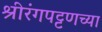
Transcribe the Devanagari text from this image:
श्रीरंगपट्टणच्या